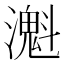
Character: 𤁔